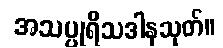
အသပ္ပုရိသဒါနသုတ်။